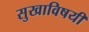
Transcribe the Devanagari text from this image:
सुखाविषयी